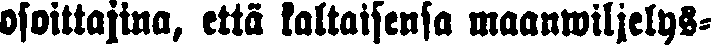
osoittajina, että kaltaisensa maanwiljelys-